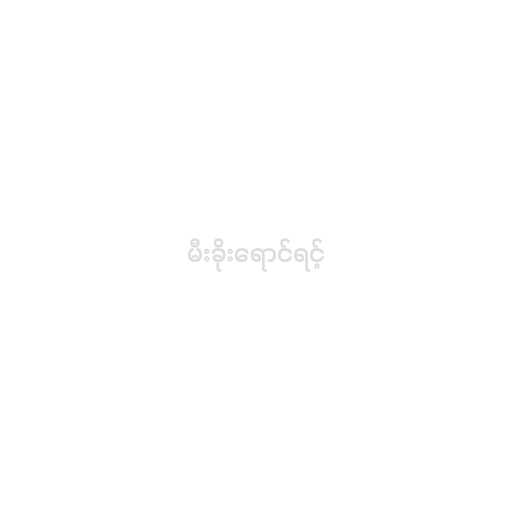
မီးခိုးရောင်ရင့်